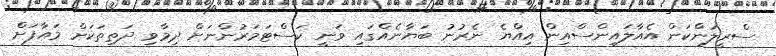
ސްރީލަންކަން އެއާލައިންސްއިން އިއްޔެ ނެރުނު ބަޔާނެއްގައި ވަނީ ކަސްޓަމަރުންނަށް ދިމާވި ދަތިތަކަށް މައާފަށް